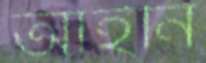
আইনি